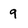
Character: 9